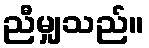
ညီမျှသည်။